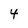
Character: 4